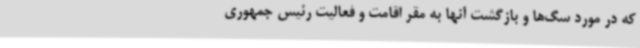
که در مورد سگ‌ها و بازگشت آنها به مقر اقامت و فعالیت رئیس جمهوری